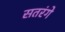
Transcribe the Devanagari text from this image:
सतरंगे